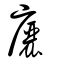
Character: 廲